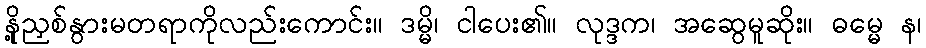
နို့ညှစ်နွားမတရာကိုလည်းကောင်း။ ဒမ္မိ၊ ငါပေး၏။ လုဒ္ဒက၊ အဆွေမူဆိုး။ ဓမ္မေ န၊